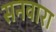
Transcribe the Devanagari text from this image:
सनवारा